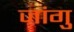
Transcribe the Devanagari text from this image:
जांगु